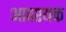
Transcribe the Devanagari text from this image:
अावश्यक